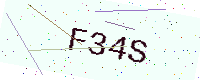
Text: F34S